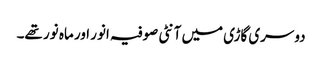
دوسری گاڑی میں آنٹی صوفیہ انور اور ماہ نور تھے۔